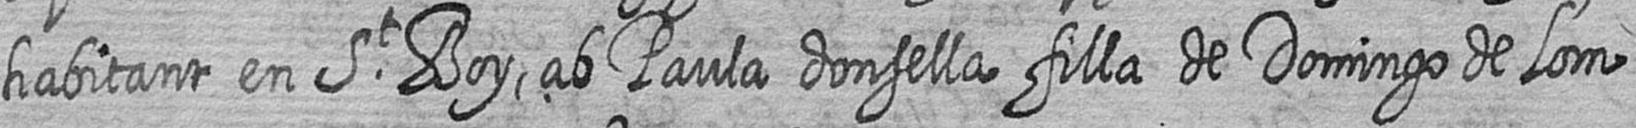
habitant en St Boy ab Paula donsella filla de Domingo de Lom